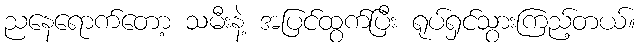
ညနေရောက်တော့ သမီးနဲ့ အပြင်ထွက်ပြီး ရုပ်ရှင်သွားကြည့်တယ်။